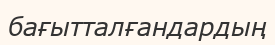
бағытталғандардың